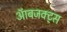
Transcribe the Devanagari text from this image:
ऑबजक्ट्स